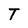
Character: T